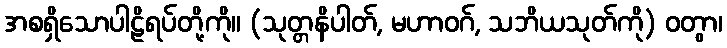
အစရှိသောပါဠိရပ်တို့ကို။ (သုတ္တနိပါတ်, မဟာဝဂ်, သဘိယသုတ်ကို) ဝတွာ၊